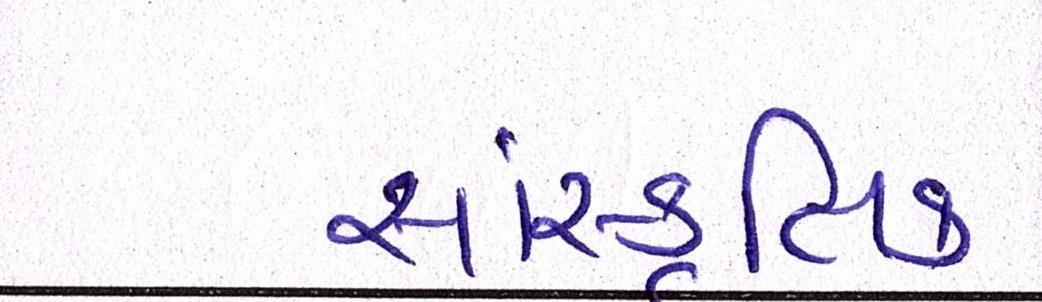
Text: સાંસ્કૃતિક